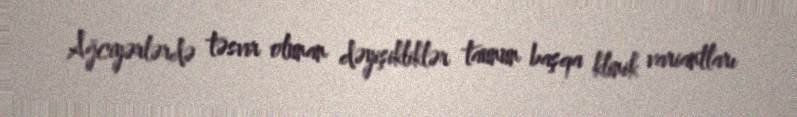
Ağciyərlərdə təsvir olunan dəyişikliklər taunun başqa klinik variantları